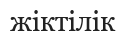
жіктілік